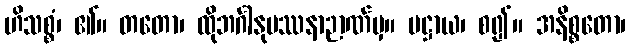
ဟိသစ္စံ၊ ၏။ တတော၊ ထိုဘင်္ဂါနုပဿနာဉာဏ်မှ။ ပဋ္ဌာယ၊ စ၍။ အနိစ္စတော၊